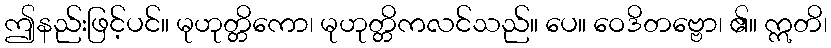
ဤနည်းဖြင့်ပင်။ မုဟုတ္တိကော၊ မုဟုတ္တိကလင်သည်။ ပေ။ ဝေဒိတဗ္ဗော၊ ၏။ ဣတိ၊